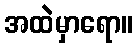
အထဲမှာရော။